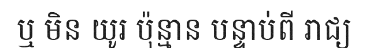
ឬ មិន យូរ ប៉ុន្មាន បន្ទាប់ពី រាជ្យ